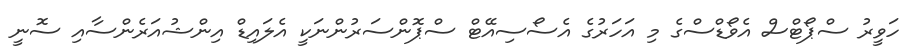
ހަވީރު ސްޕޯޓްސް އެވޯޑްސްގެ މި އަހަރުގެ އެސޯސިއޭޓް ސްޕޮންސަރުންނަކީ އެލައިޑް އިންޝުއަރެންސާއި ސޮނީ